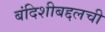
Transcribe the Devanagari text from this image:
बंदिशीबद्दलची